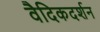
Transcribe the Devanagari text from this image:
वैदिकदर्शन